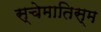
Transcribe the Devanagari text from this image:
स्चेमातिस्म